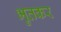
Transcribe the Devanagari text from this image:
भुतकर